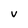
Character: V